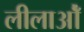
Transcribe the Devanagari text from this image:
लीलाओँ